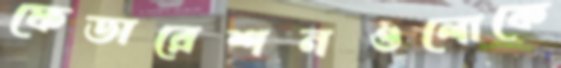
ফেডারেশনগুলোকে